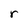
Character: r